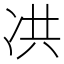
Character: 㓋